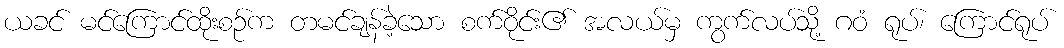
ယခင် မင်ကြောင်ထိုးစဉ်က တမင်ချန်ခဲ့သော စက်ဝိုင်း၏ အလယ်မှ ကွက်လပ်သို့ ဂဝံ ရုပ်၊ ကြောင်ရုပ်